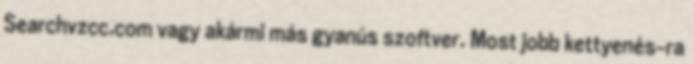
Searchvzcc.com vagy akármi más gyanús szoftver. Most jobb kettyenés-ra